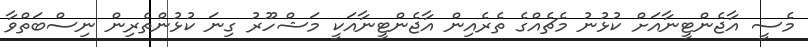
މެސީ އާޖެންޓީނާއަށް ކުޅުނު މެޗެއްގެ ތެރެއިން އާޖެންޓީނާއަކީ މަޝްހޫރު ގިނަ ކުޅުންތެރިން ނިސްބަތްވާ